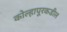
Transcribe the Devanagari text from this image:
कोल्हापूरकडील